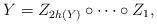
LaTeX: \begin{align*}Y = Z_{2h(Y)} \circ \cdots \circ Z_{1},\end{align*}